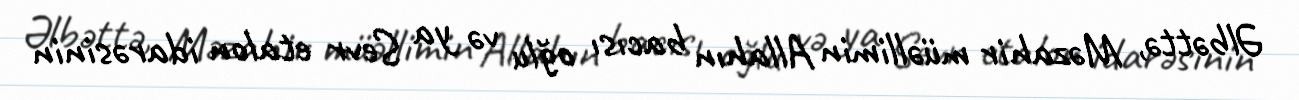
Əlbəttə, Məzahir müəllimin Allahın bacısı oğlu və ya Sevr etalon idarəsinin